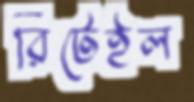
রিটেইল